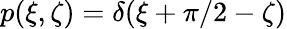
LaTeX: p(\xi,\zeta)=\delta(\xi+\pi/2-\zeta)